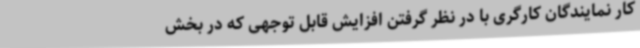
کار نمایندگان کارگری با در نظر گرفتن افزایش قابل توجهی که در بخش